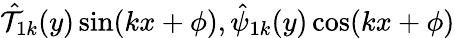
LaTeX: \hat{\mathcal{T}}_{1k}(y)\sin(kx+\phi),\hat{\psi}_{1k}(y)\cos(kx+\phi)